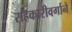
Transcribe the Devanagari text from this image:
सहकारीवर्गाने